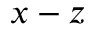
x - z